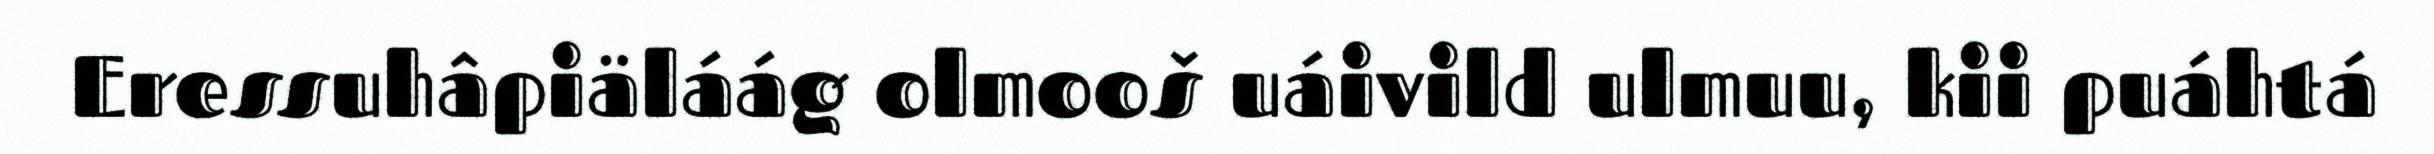
Eressuhâpiäláág olmooš uáivild ulmuu, kii puáhtá